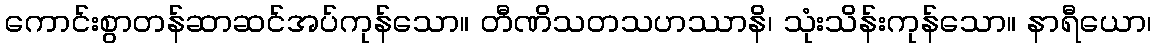
ကောင်းစွာတန်ဆာဆင်အပ်ကုန်သော။ တီဏိသတသဟဿာနိ၊ သုံးသိန်းကုန်သော။ နာရီယော၊